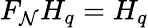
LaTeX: F_{\mathcal{N}}H_{q}=H_{q}